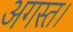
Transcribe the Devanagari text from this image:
अगस्त।